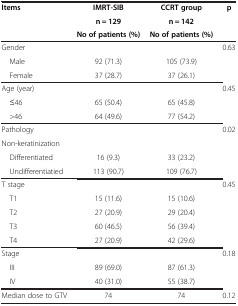
<table><thead><tr><td><b>Items</b></td><td><b>IMRT-SIB</b></td><td><b>CCRT group</b></td><td><b>p</b></td></tr><tr><td><b> </b></td><td><b>n = 129</b></td><td><b>n = 142</b></td><td><b> </b></td></tr><tr><td><b> </b></td><td><b>No of patients (%)</b></td><td><b>No of patients (%)</b></td><td><b> </b></td></tr></thead><tbody><tr><td>Gender</td><td> </td><td> </td><td rowspan="3">0.63</td></tr><tr><td> Male</td><td>92 (71.3)</td><td>105 (73.9)</td></tr><tr><td> Female</td><td>37 (28.7)</td><td>37 (26.1)</td></tr><tr><td>Age (year)</td><td> </td><td> </td><td rowspan="3">0.45</td></tr><tr><td> ≤46</td><td>65 (50.4)</td><td>65 (45.8)</td></tr><tr><td> &gt;46</td><td>64 (49.6)</td><td>77 (54.2)</td></tr><tr><td>Pathology</td><td> </td><td> </td><td rowspan="4">0.02</td></tr><tr><td>Non-keratinization</td><td> </td><td> </td></tr><tr><td> Differentiated</td><td>16 (9.3)</td><td>33 (23.2)</td></tr><tr><td> Undifferentiatied</td><td>113 (90.7)</td><td>109 (76.7)</td></tr><tr><td>T stage</td><td> </td><td> </td><td rowspan="5">0.45</td></tr><tr><td> T1</td><td>15 (11.6)</td><td>15 (10.6)</td></tr><tr><td> T2</td><td>27 (20.9)</td><td>29 (20.4)</td></tr><tr><td> T3</td><td>60 (46.5)</td><td>56 (39.4)</td></tr><tr><td> T4</td><td>27 (20.9)</td><td>42 (29.6)</td></tr><tr><td>Stage</td><td> </td><td> </td><td rowspan="3">0.18</td></tr><tr><td> III</td><td>89 (69.0)</td><td>87 (61.3)</td></tr><tr><td> IV</td><td>40 (31.0)</td><td>55 (38.7)</td></tr><tr><td>Median dose to GTV</td><td>74</td><td>74</td><td>0.12</td></tr></tbody></table>